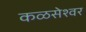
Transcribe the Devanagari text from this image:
कळसेश्वर